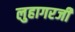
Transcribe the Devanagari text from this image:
लुहागरजी